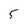
Character: 5